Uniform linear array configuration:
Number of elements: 4
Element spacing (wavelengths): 0.5
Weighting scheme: exponential
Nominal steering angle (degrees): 0
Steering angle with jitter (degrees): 0.6471
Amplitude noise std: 0.05
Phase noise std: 0.05

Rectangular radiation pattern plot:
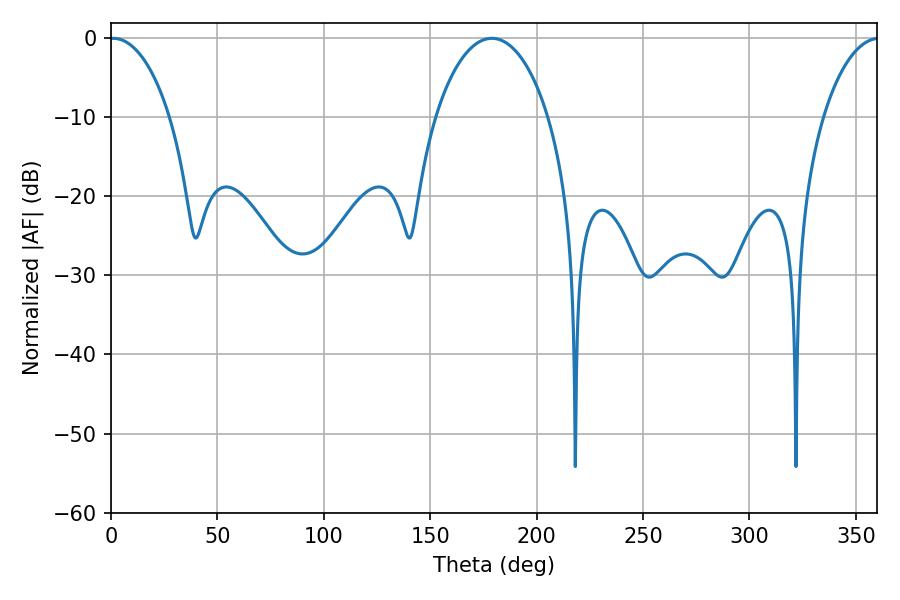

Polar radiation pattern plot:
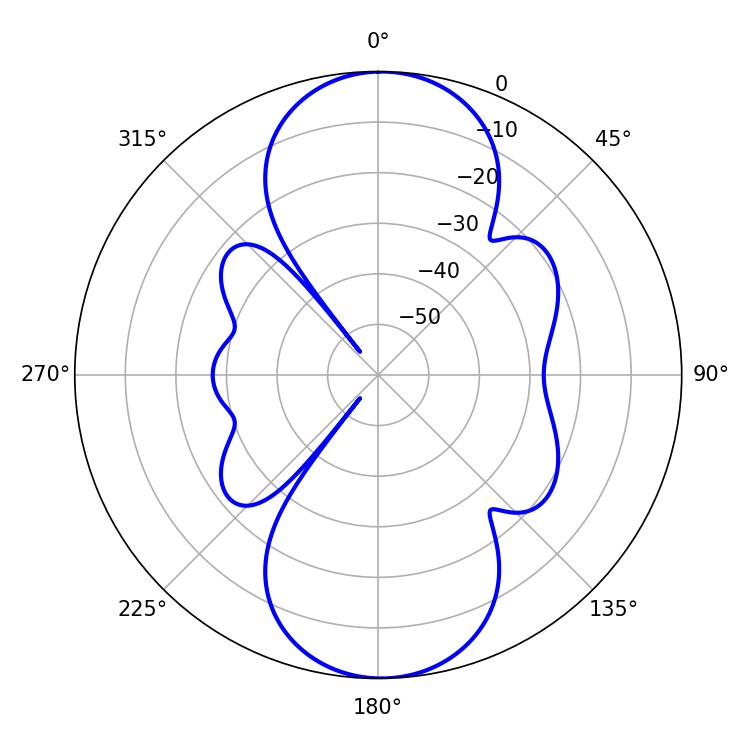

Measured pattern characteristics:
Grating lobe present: FALSE
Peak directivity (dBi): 18.798
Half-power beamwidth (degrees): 16.2
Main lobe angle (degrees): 1.08